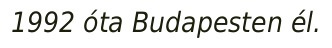
1992 óta Budapesten él.